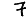
Digit: 7